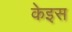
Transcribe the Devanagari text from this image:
केइस